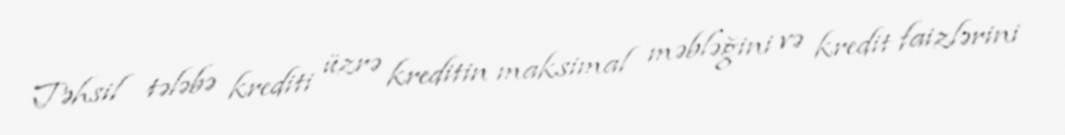
Təhsil tələbə krediti üzrə kreditin maksimal məbləğini və kredit faizlərini